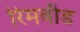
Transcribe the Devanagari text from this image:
रिमबौड